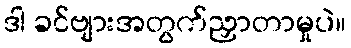
ဒါ ခင်ဗျားအတွက်ညှာတာမှုပဲ။